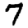
Digit: 7